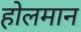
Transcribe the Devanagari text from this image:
होलमान